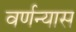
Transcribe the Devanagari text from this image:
वर्णन्यास